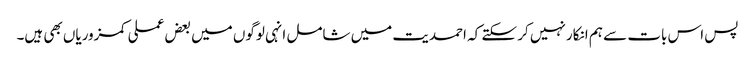
پس اس بات سے ہم انکار نہیں کر سکتے کہ احمدیت میں شامل انہی لوگوں میں بعض عملی کمزوریاں بھی ہیں۔